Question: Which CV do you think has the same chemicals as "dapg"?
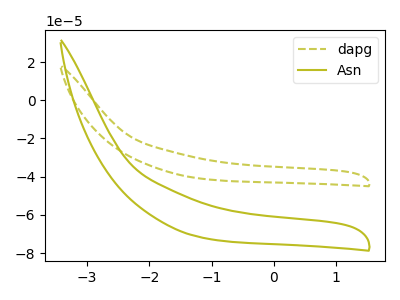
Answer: <think>The olive dashed curve "dapg" has no peaks. The olive curve "Asn" has no peaks.
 Neither "dapg" or "Asn" have any peaks.</think>
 <answer>The CV with the most similar shape to "Asn" is "dapg".</answer>
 <eval>"dapg"</eval>